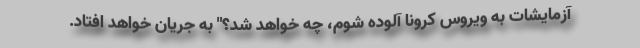
آزمایشات به ویروس کرونا آلوده شوم، چه خواهد شد؟" به جریان خواهد افتاد.